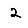
Digit: 2